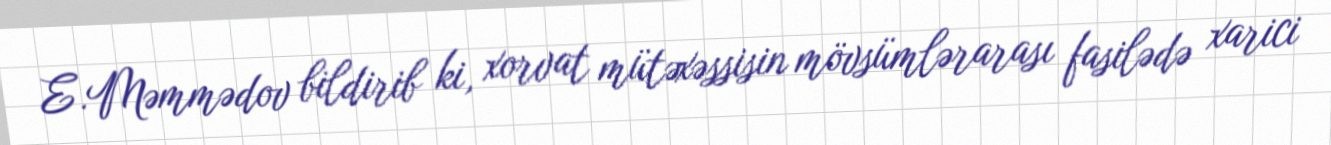
E.Məmmədov bildirib ki, xorvat mütəxəssisin mövsümlərarası fasilədə xarici